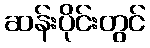
ဆန်းပိုင်းတွင်